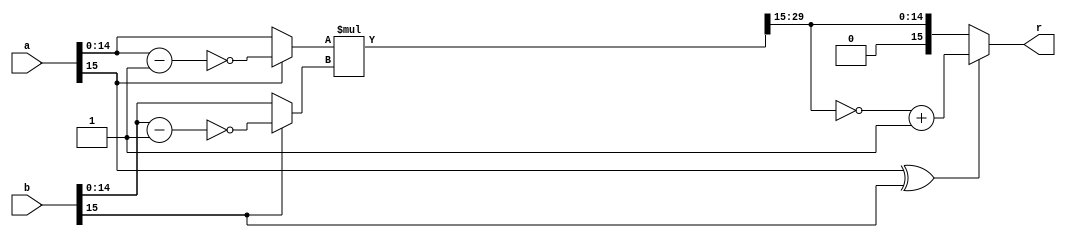
`timescale 1ns / 1ps
//////////////////////////////////////////////////////////////////////////////////
// Company: 
// Engineer: 
// 
// Design Name: 
// Module Name: fixed_16_mul
// Project Name: 
// Target Devices: 
// Tool Versions: 
// Description: 
// 
// Dependencies: 
// 
// Revision:
// Revision 0.01 - File Created
// Additional Comments:
// 
//////////////////////////////////////////////////////////////////////////////////


module fixed_16_mul(
    input [15:0] a,
    input [15:0] b,
    output reg [15:0] r
    );

    reg [29:0] temp;
    reg [14:0] a_temp, b_temp;

    always @(*) begin
        if (a[15]) begin
            a_temp = ~(a[14:0] - 1);
        end
        else begin
            a_temp = a[14:0];
        end

        if (b[15]) begin
            b_temp = ~(b[14:0] - 1);
        end
        else begin
            b_temp = b[14:0];
        end
    end

    always @(*) begin
        temp = a_temp[14:0] * b_temp[14:0];
        if (a[15] ^ b[15]) begin
            r = ~{1'b0, temp[29:15]} + 16'd1;
        end
        else begin
            r = {1'b0, temp[29:15]};
        end
        
    end

endmodule